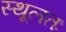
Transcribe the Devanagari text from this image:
स्थूलतः